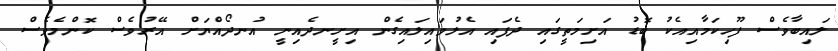
ލައިބާވެސް ފޫހިކަމާއިއެކު ބޮޑު އަށިމަތީގައި ދެފައި އެލުވައިލައިގެން އިށީނދެއިނީ އުނދޯއްޔަށް އޭރުވެސް ކޮންމެވެސް